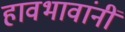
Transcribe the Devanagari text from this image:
हावभावांनीं